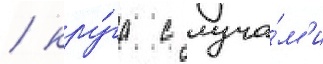
/ кру́га с луча́м'и